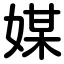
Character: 媒